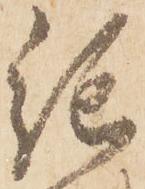
紀